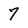
Character: 7